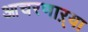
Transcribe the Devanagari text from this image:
आचरणाऱ्या